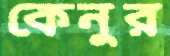
কেনুর